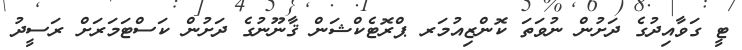
ޓީ ގަވާއިދުގެ ދަށުން ނުވަތަ ކޮންޒިއުމަރ ޕްރޮޓެކްޝަން ޤާނޫނުގެ ދަށުން ކަސްޓަމަރަށް ރަސީދު